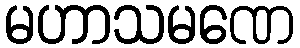
မဟာသမဏေ